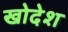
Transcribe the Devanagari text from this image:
खोदेश